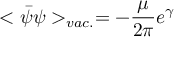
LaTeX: < \bar { \psi } \psi > _ { v a c . } = - \frac { \mu } { 2 \pi } e ^ { \gamma }